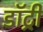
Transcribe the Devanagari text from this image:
डॉट्री